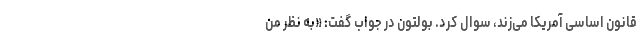
قانون اساسی آمریکا می‌زند، سوال کرد. بولتون در جواب گفت: «به نظر من